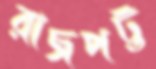
রাজপট্ট